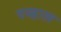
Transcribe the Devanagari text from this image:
एव्हाल